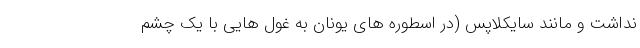
نداشت و مانند سایکلاپس (در اسطوره های یونان به غول هایی با یک چشم